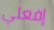
إفعلي